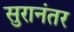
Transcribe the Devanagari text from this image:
सुरानंतर